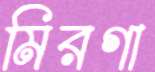
মিরগা